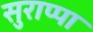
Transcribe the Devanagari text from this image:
सुराप्पा